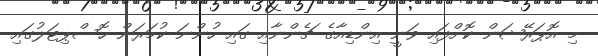
މި އޮޕަރޭޝަން ކޮށްފައި ވަނީ އިންޑިއާގެ ޗެންނާއި ގައި ހުންނަ ކުމަރަން ހޮސްޕިޓަލުގައި